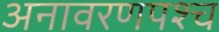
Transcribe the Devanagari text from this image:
अनावरणपश्च